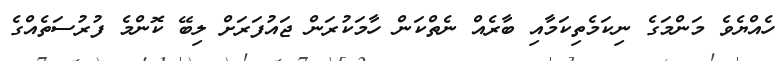
ހެއްޔެވެ މަންމަގެ ނިކަމެތިކަމާއި ބާރެއް ނެތްކަން ހާމަކުރަން ޖައުފަރަށް ލިބޭ ކޮންމެ ފުރުސަތެއްގެ